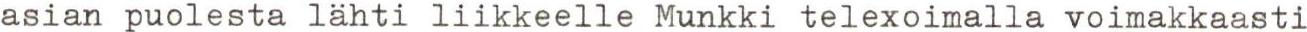
asian puolesta lähti liikkeelle Munkki telexoimalla voimakkaasti